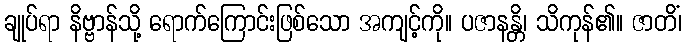
ချုပ်ရာ နိဗ္ဗာန်သို့ ရောက်ကြောင်းဖြစ်သော အကျင့်ကို။ ပဇာနန္တိ၊ သိကုန်၏။ ဇာတိံ၊